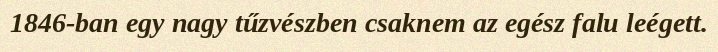
1846-ban egy nagy tűzvészben csaknem az egész falu leégett.